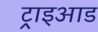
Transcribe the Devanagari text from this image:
ट्राइआड